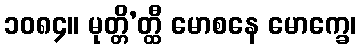
၁၀၈၄။ မုတ္တိ’တ္ထီ မောစနေ မောက္ခေ၊